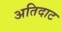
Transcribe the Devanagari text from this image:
अतिदाट